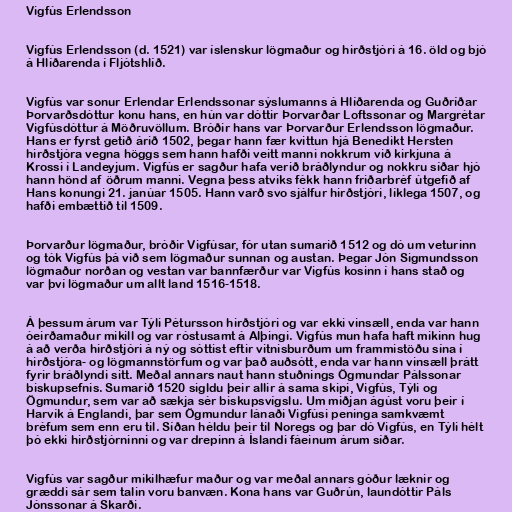
Vigfús Erlendsson

Vigfús Erlendsson (d. 1521) var íslenskur lögmaður og hirðstjóri á 16. öld og bjó
á Hlíðarenda í Fljótshlíð.

Vigfús var sonur Erlendar Erlendssonar sýslumanns á Hlíðarenda og Guðríðar
Þorvarðsdóttur konu hans, en hún var dóttir Þorvarðar Loftssonar og Margrétar
Vigfúsdóttur á Möðruvöllum. Bróðir hans var Þorvarður Erlendsson lögmaður.
Hans er fyrst getið árið 1502, þegar hann fær kvittun hjá Benedikt Hersten
hirðstjóra vegna höggs sem hann hafði veitt manni nokkrum við kirkjuna á
Krossi í Landeyjum. Vigfús er sagður hafa verið bráðlyndur og nokkru síðar hjó
hann hönd af öðrum manni. Vegna þess atviks fékk hann friðarbréf útgefið af
Hans konungi 21. janúar 1505. Hann varð svo sjálfur hirðstjóri, líklega 1507, og
hafði embættið til 1509.

Þorvarður lögmaður, bróðir Vigfúsar, fór utan sumarið 1512 og dó um veturinn
og tók Vigfús þá við sem lögmaður sunnan og austan. Þegar Jón Sigmundsson
lögmaður norðan og vestan var bannfærður var Vigfús kosinn í hans stað og
var því lögmaður um allt land 1516-1518.

Á þessum árum var Týli Pétursson hirðstjóri og var ekki vinsæll, enda var hann
óeirðamaður mikill og var róstusamt á Alþingi. Vigfús mun hafa haft mikinn hug
á að verða hirðstjóri á ný og sóttist eftir vitnisburðum um frammistöðu sína í
hirðstjóra- og lögmannstörfum og var það auðsótt, enda var hann vinsæll þrátt
fyrir bráðlyndi sitt. Meðal annars naut hann stuðnings Ögmundar Pálssonar
biskupsefnis. Sumarið 1520 sigldu þeir allir á sama skipi, Vigfús, Týli og
Ögmundur, sem var að sækja sér biskupsvígslu. Um miðjan ágúst voru þeir í
Harvík á Englandi, þar sem Ögmundur lánaði Vigfúsi peninga samkvæmt
bréfum sem enn eru til. Síðan héldu þeir til Noregs og þar dó Vigfús, en Týli hélt
þó ekki hirðstjórninni og var drepinn á Íslandi fáeinum árum síðar.

Vigfús var sagður mikilhæfur maður og var meðal annars góður læknir og
græddi sár sem talin voru banvæn. Kona hans var Guðrún, laundóttir Páls
Jónssonar á Skarði.